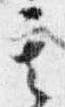
其